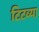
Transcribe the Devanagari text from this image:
टिटव्या